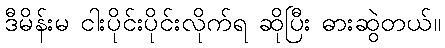
ဒီမိန်းမ ငါးပိုင်းပိုင်းလိုက်ရ ဆိုပြီး ဓားဆွဲတယ်။